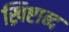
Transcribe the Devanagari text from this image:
ख्रिष्टाब्द